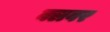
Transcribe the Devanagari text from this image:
क्लवर